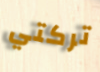
تركتي